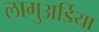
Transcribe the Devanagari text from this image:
लागुअर्डिया